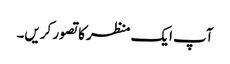
آپ ایک منظر کا تصور کریں۔